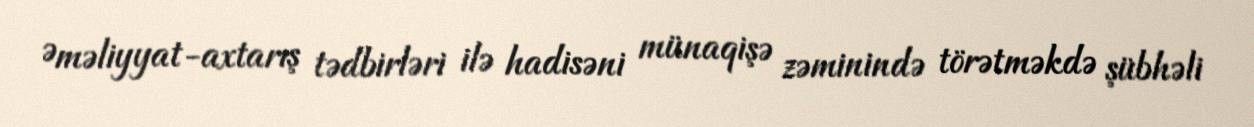
Əməliyyat-axtarış tədbirləri ilə hadisəni münaqişə zəminində törətməkdə şübhəli